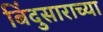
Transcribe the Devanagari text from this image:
बिंदुसाराच्या